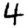
Digit: 4